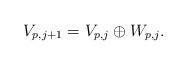
LaTeX: \begin{align*}V_{p, j+1} = V_{p,j} \oplus W_{p,j} . \end{align*}